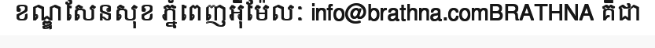
ខណ្ឌសែនសុខ ភ្នំពេញអ៊ីម៉ែលៈ info@brathna.comBRATHNA គឺជា